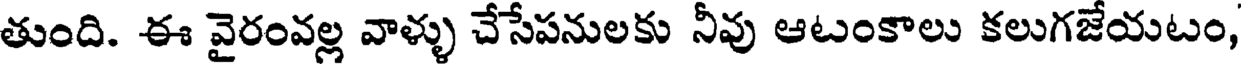
తుంది. ఈ వైరంవల్ల వాళ్ళు చేసేపనులకు నీవు ఆటంకాలు కలుగజేయటం,